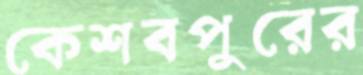
কেশবপুরের